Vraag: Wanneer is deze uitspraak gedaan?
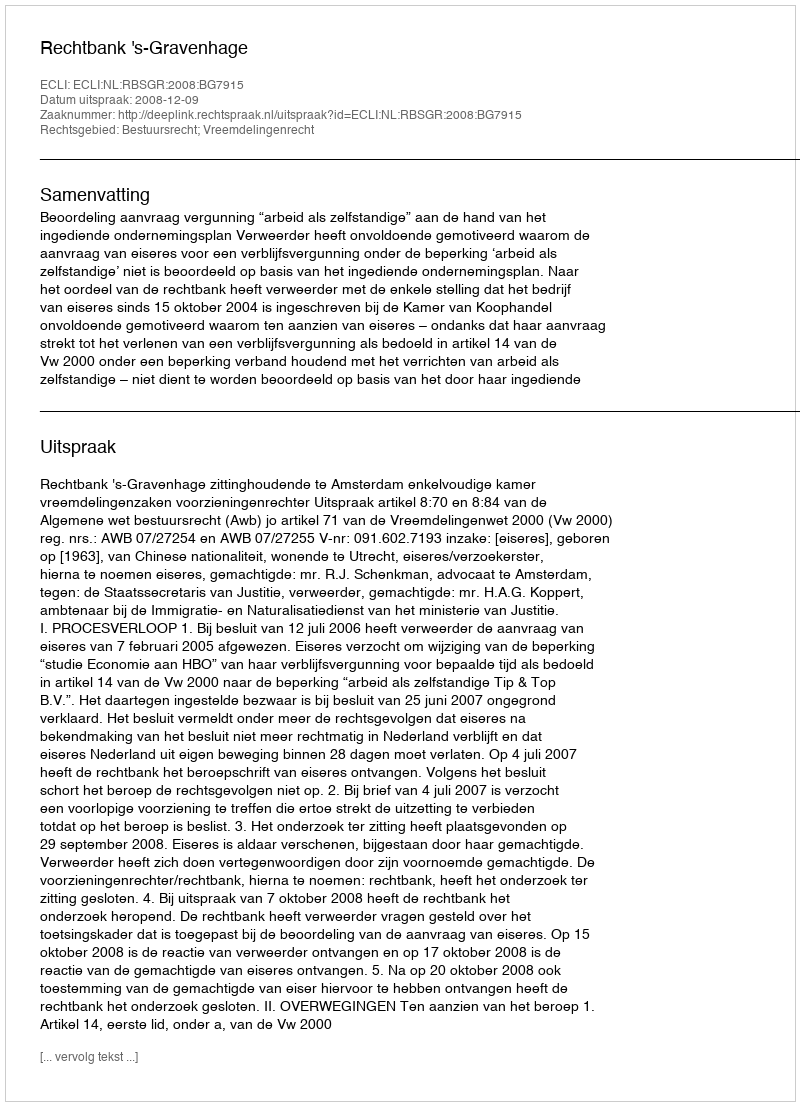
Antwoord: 2008-12-09